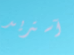
آستريد